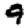
Digit: 9